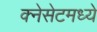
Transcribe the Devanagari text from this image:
क्नेसेटमध्ये